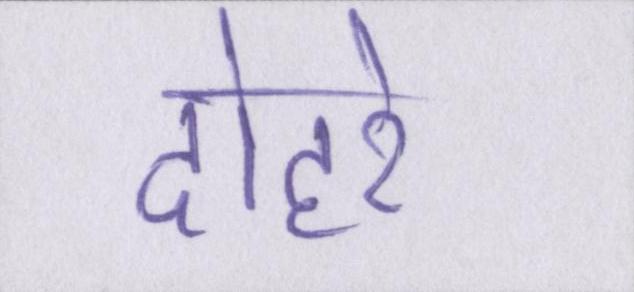
दोहरे